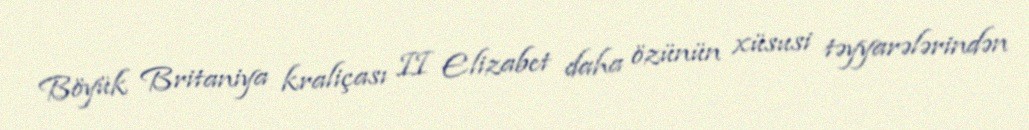
Böyük Britaniya kraliçası II Elizabet daha özünün xüsusi təyyarələrindən